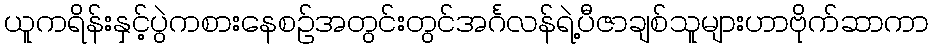
ယူကရိန်းနှင့်ပွဲကစားနေစဉ်အတွင်းတွင်အင်္ဂလန်ရဲ့ပီဇာချစ်သူများဟာဗိုက်ဆာကာ